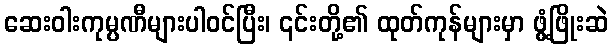
ဆေးဝါးကုမ္ပဏီများပါဝင်ပြီး၊ ၎င်းတို့၏ ထုတ်ကုန်များမှာ ဖွံ့ဖြိုးဆဲ